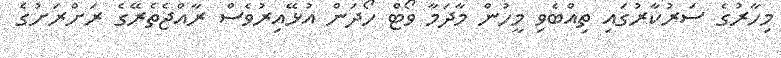
މިހާރުގެ ސަރުކާރުގައި ތިއްބެވި މީހުން މާދަމާ ވޯޓް ހޯދަން އުޅޭއިރުވެސް ރާއްޖެތެރޭގެ ރަށްރަށުގެ